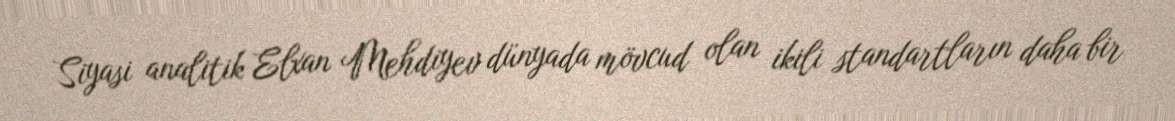
Siyasi analitik Elxan Mehdiyev dünyada mövcud olan ikili standartların daha bir